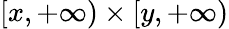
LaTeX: [x,+\infty)\times[y,+\infty)